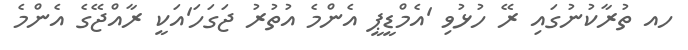
ހއ ތުރާކުނުގައި ރޭ ހުޅުވި 'އެމްޑީޕީ އެންމެ އުތުރު ޖަގަހަ'އަކީ ރާއްޖޭގެ އެންމެ